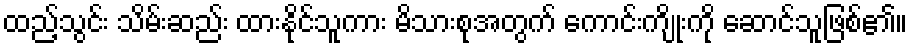
ထည့်သွင်း သိမ်းဆည်း ထားနိုင်သူကား မိသားစုအတွက် ကောင်းကျိုးကို ဆောင်သူဖြစ်၏။